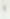
يا